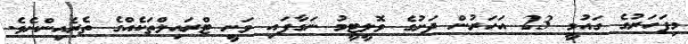
މިފަހަރުގެ ގައުމީ 23 އަހަރުން ދަށުގެ ވޮލީޓީމު ނަގާފައި ވަނީ ޓްރައިލްތަކެއްގެ ތެރެއިންނެވެ.